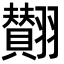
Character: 𮋘